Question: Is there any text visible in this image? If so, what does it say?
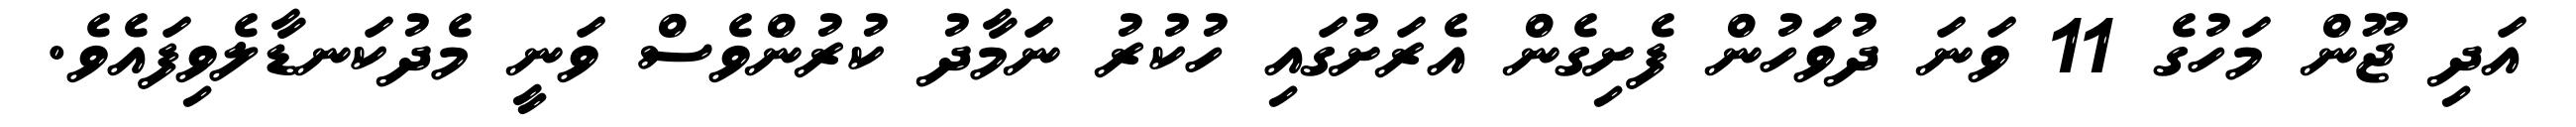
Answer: އަދި ޖޫން މަހުގެ 11 ވަނަ ދުވަހުން ފެށިގެން އެރަށުގައި ހުކުރު ނަމާދު ކުރުންވެސް ވަނީ މެދުކަނޑާލެވިފައެވެ.